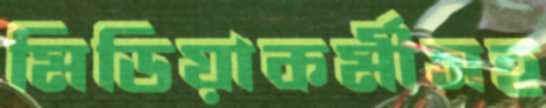
মিডিয়াকর্মীসহ